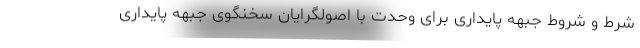
شرط و شروط جبهه پایداری برای وحدت با اصولگرایان سخنگوی جبهه پایداری